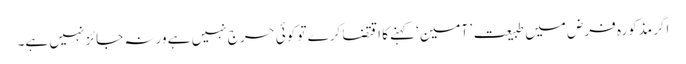
اگر مذکورہ فرض میں طبیعت ’ آمین‘ کہنے کا اقتضا کرے تو کوئی حرج نہیں ہے ورنہ جائز نہیں ہے۔